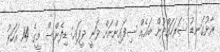
ރާޅުގަނޑު ސަރަހައްދުން ބައެއް ސިފައިންނަށް ވަނީ ދީފައި: ޑިފެންސް މީގެ 14 އަހަރު